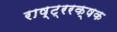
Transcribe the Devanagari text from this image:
राष्ट्ररक्षक